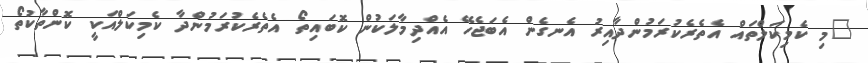
"މި ކެމިކަލްތައް އެތެރެކުރަމުންދާއިރު އެނގެން އެބަޖެހޭ އެއްދިމާލަކުން ކޮބައިތޯ އެތެރެކުރަމުންދާ ކެމިކަލްއަކީ ކޮންތާކުތޯ